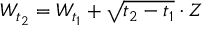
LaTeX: W _ { t _ { 2 } } = W _ { t _ { 1 } } + { \sqrt { t _ { 2 } - t _ { 1 } } } \cdot Z